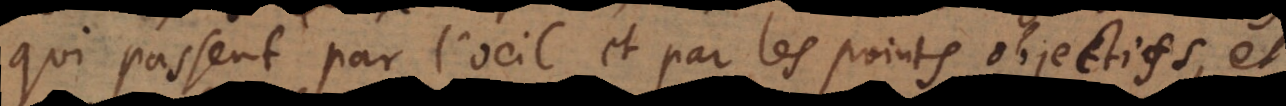
qui passent par l’oeil et par les points objectifs, et